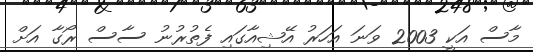
މާސް އަކީ 2003 ވަނަ އަހަރު އޭޝިއާގައި ފެތުރުނު ސާސް ރޯގާ އަށް